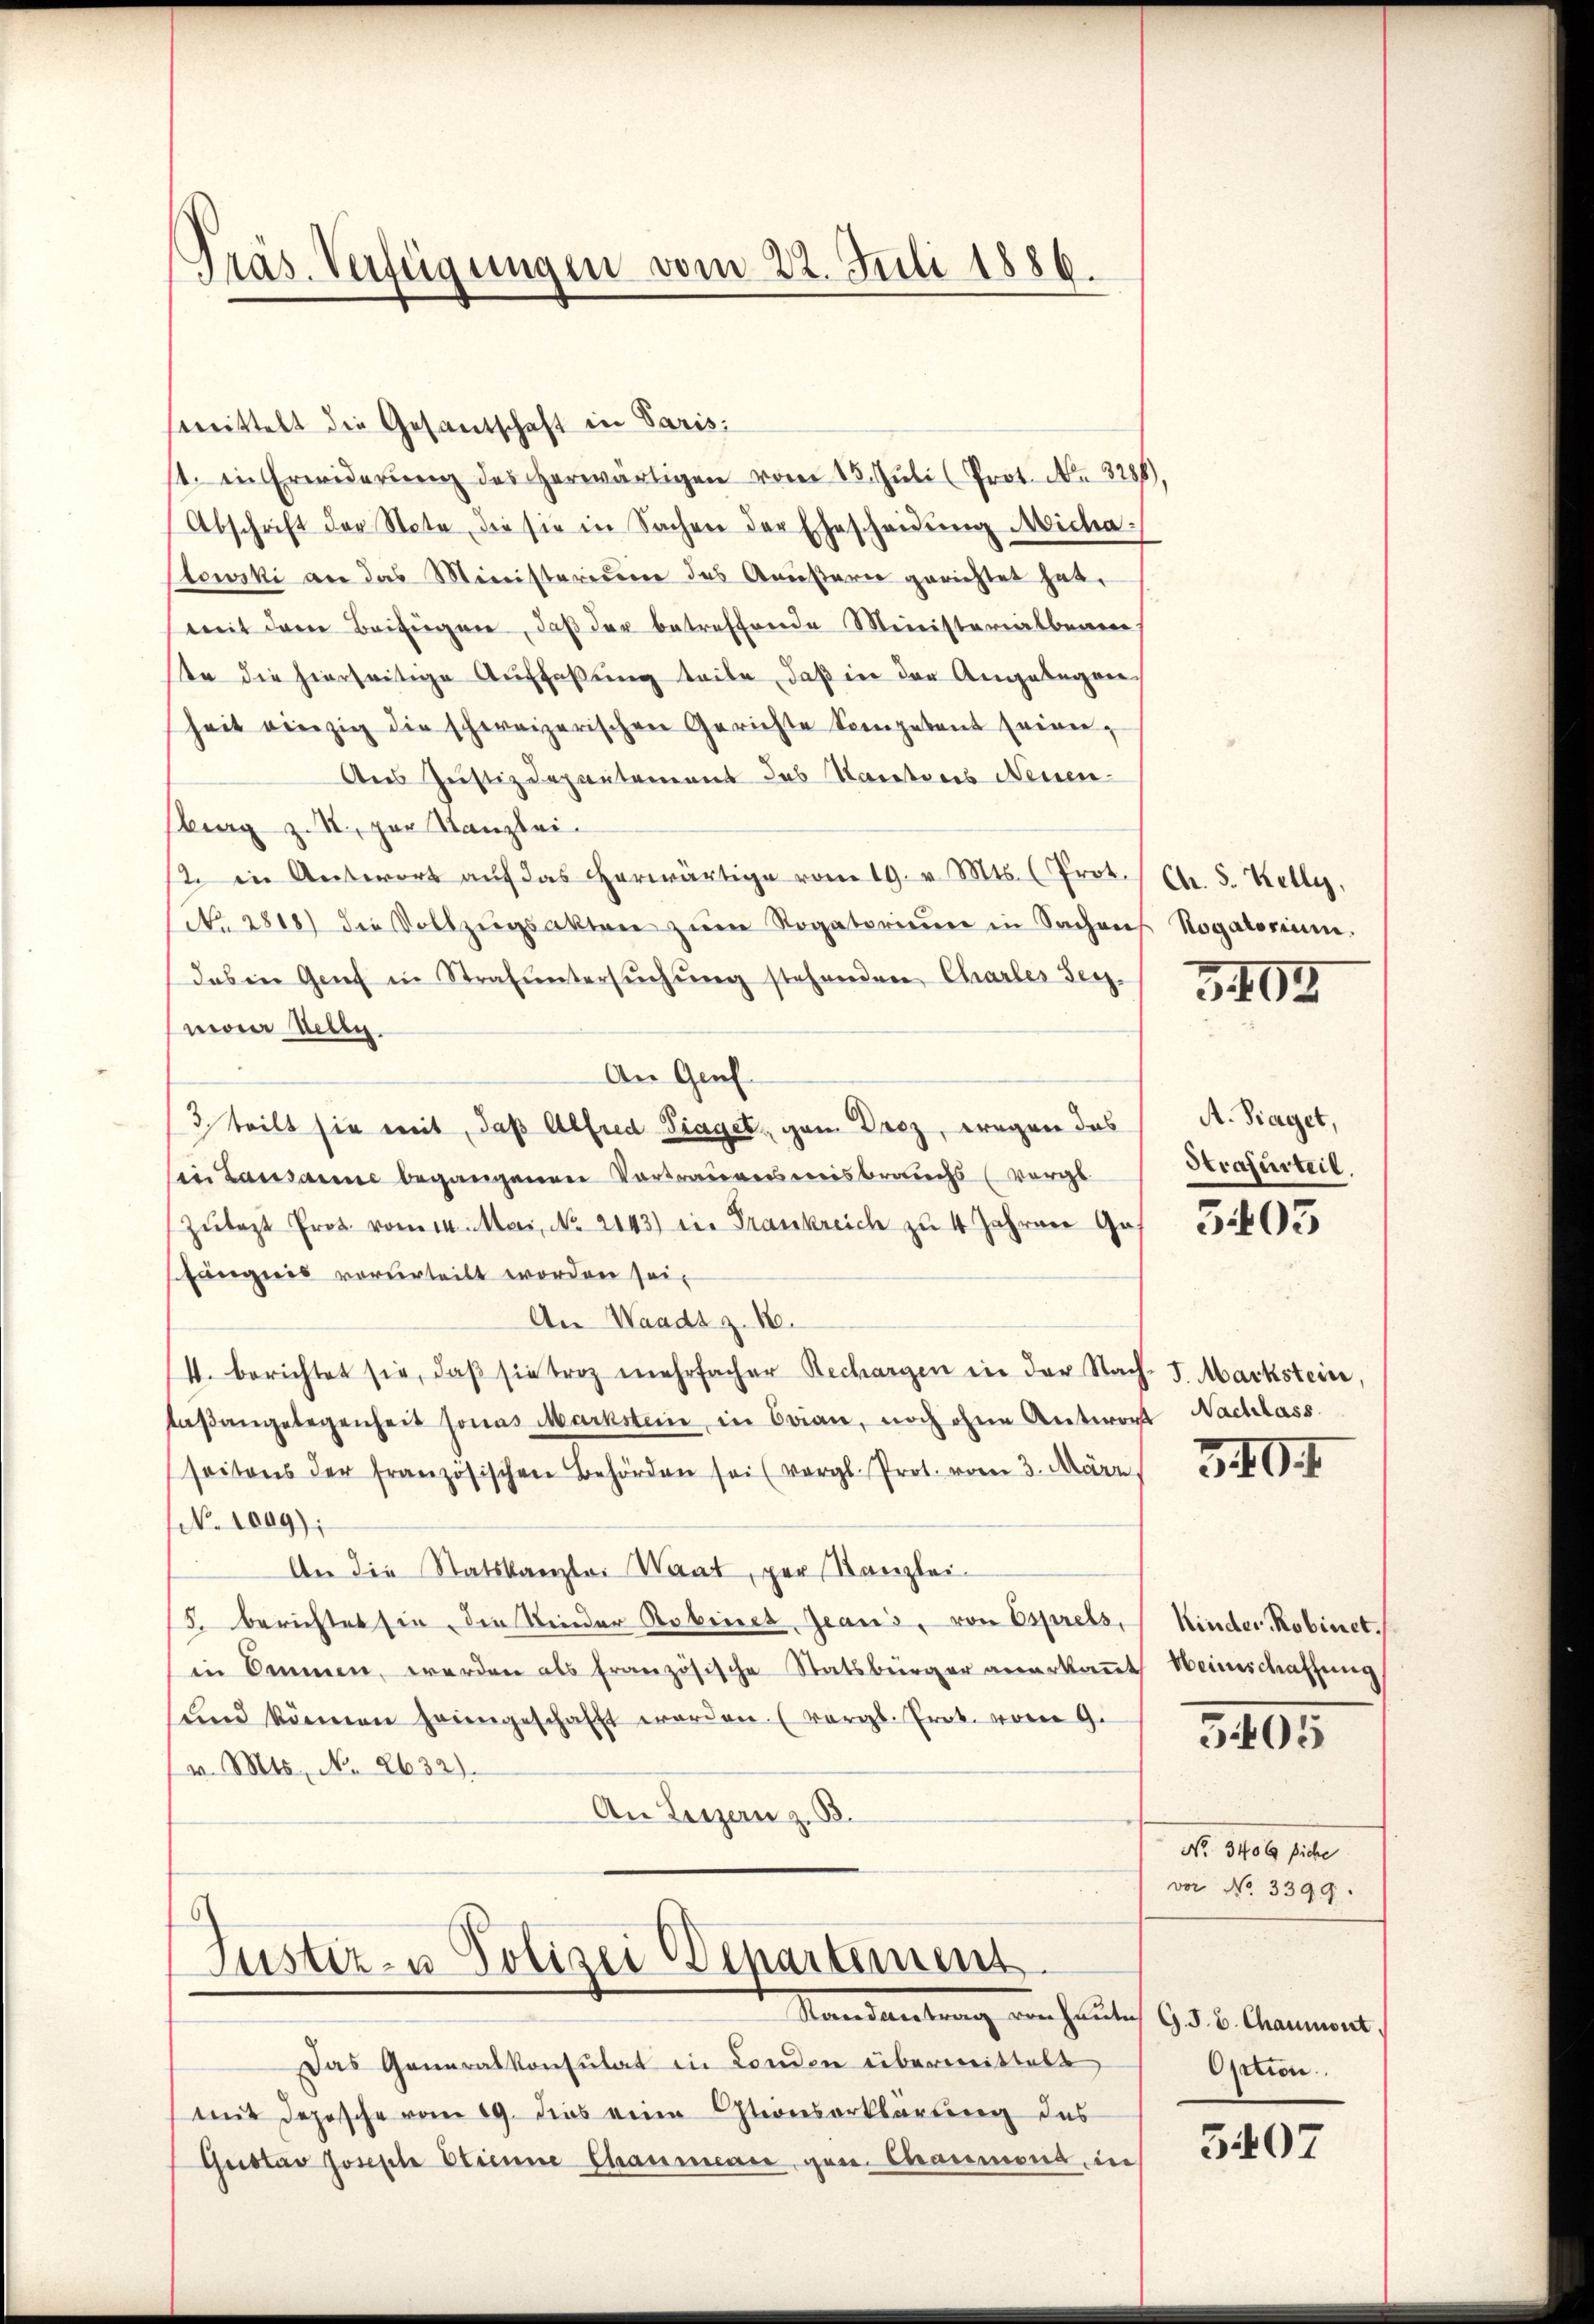
Pras. Verfügungen vom 22. Juli 1886.

smittelt die Gesandschaft in Paris
st. in Erwiderŭng des herwärtigen vom 15. Jŭli (Prot. Nr. 3288).
Abschrift der Note die sie in Sachen der Ehescheidŭng Micha
towski an das Ministerisie das Amißarie gerichtet hat.
mit dem Beifügen, daß der betreffende Ministerialbeam
ste die hierseitige Auffaßung teile, daß in der Angelegen
heit einzig die schweizerischen Gerichte Sompetent seinen,
Ans Justizdepartement das Natoris Neuen-
brg z. R., par Kanzlei-
st in Antwort aŭf das herwärtige vom 19. v. Mts. (Prot. / Ch. S. Kelle,
No. 2818) die Vollzŭgsakten zŭm Rogatorium in Sachens Rogatorium.
das in Genf in Strafuntersŭchŭng stehenden Charler Termaier Welty.
An Genf
3 teilt sie mit, daß Alfred Traget, ganz Drez, wegen das
in Lausanne begangenen Vortrauensweisbrauchs (Vorge
Zŭtazt Prot. vom 14. Mai, No. 2143) in Frankreich zu 4 Jahren Ge
shängnis vorurteilt worden sei.
An Waadt z. B.
4. berichtet sie, daβ sie troz mehrfacher Rechargen in der Nach- 5. Markstein,
laβangelegenheit sonas Markstein, in Brian, noch ohne Antwort Nachlass
seitens der französischen Behörden sei (vergl. Prot. vom 3. März
N. 1009);
An die Statskanzlei Waat, per Kanzlei-
5. berichtet sie die Kinder Robinet Jeans, von Esprels, Kinder Robinetin Ammen, werden als französische Statsbürger anerkaṅt Weinschaffung
ŭnd können heimgeschafft werden. (vergl. Prok. vor G.
v. Mts. No 2632).
An Luzern z. B.
6
Justiz- u Polizei Departement
Mandantung von heuten 9. d. 5. Gramment,
Das Generalkonsulat in London übermittelt,
mit Depesche vom 19. dies eine Stionserklärung des
Gustav Josefte Etienne Chammence gen. Charmona in

3405

A. Fraget,
Strafurteil.

3403

340

3405

No. 3400 litte
vor No. 3399.

Option

3407